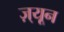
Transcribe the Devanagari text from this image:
ज़्यून